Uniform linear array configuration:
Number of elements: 64
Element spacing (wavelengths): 0.5
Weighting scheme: blackman
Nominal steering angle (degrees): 0
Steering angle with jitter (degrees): -1.174
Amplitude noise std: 0.05
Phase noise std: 0.05

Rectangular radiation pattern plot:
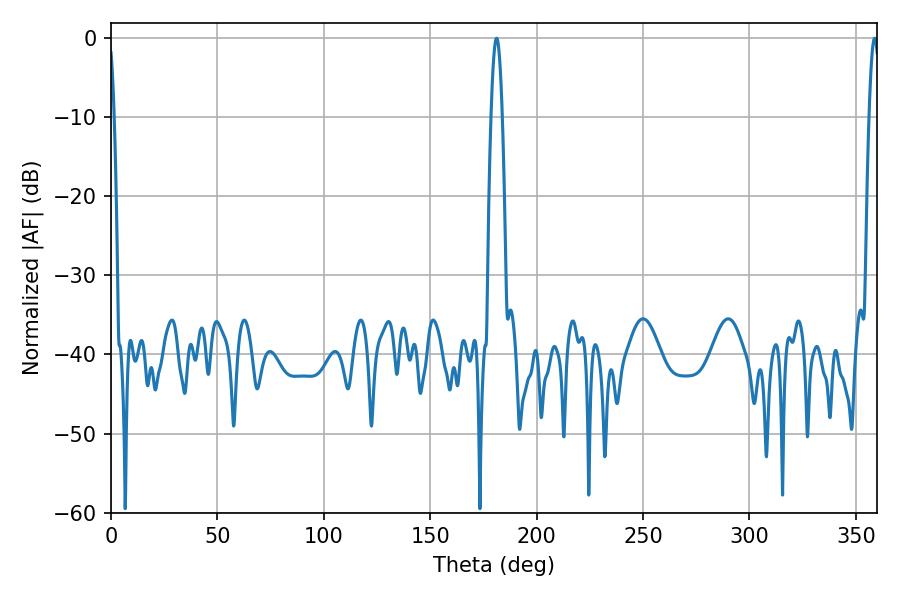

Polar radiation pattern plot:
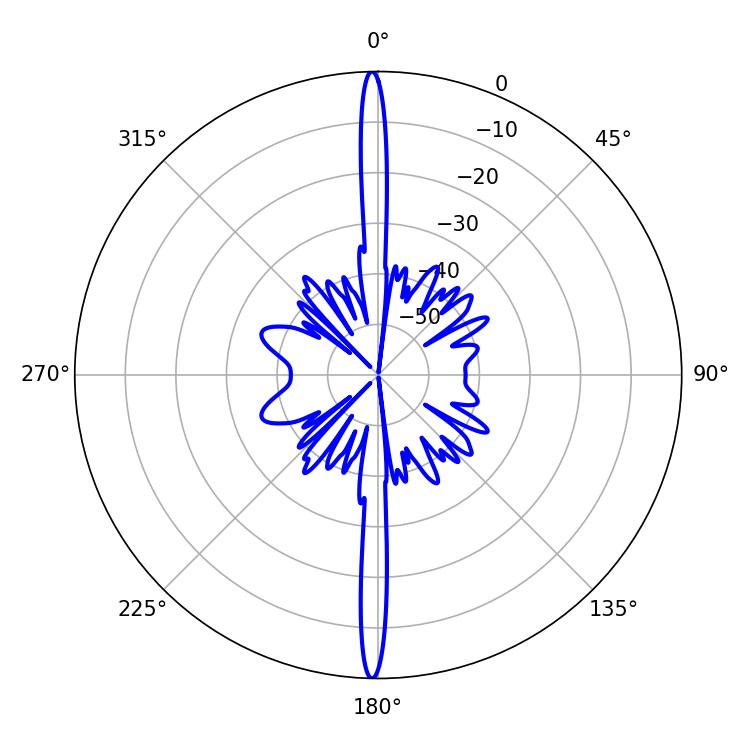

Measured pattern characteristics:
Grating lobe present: FALSE
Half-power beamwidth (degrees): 2.52
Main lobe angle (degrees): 358.74